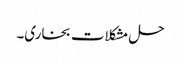
حل مشکلات بخاری۔